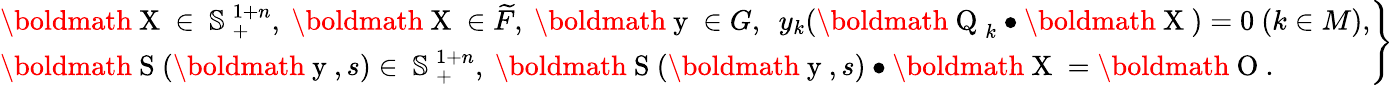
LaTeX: \begin{array}{r}{\left.\begin{array}{l}{\mathrm{\boldmath~X~}\in\mathrm{~\mathbb{S}~}_{+}^{1+n},\ \mathrm{\boldmath~X~}\in\widetilde{F},\ \mathrm{\boldmath~y~}\in G,\ \ y_{k}(\mathrm{\boldmath~Q~}_{k}\bullet\mathrm{\boldmath~X~})=0\ (k\in M),}\\ {\mathrm{\boldmath~S~}(\mathrm{\boldmath~y~},s)\in\mathrm{~\mathbb{S}~}_{+}^{1+n},\ \mathrm{\boldmath~S~}(\mathrm{\boldmath~y~},s)\bullet\mathrm{\boldmath~X~}=\mathrm{\boldmath~O~}.}\end{array}\right\} }\end{array}